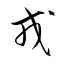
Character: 戎